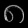
Digit: ၈